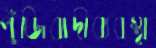
পুঁজিবাদীব্যবস্থা